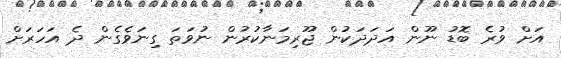
އަށް ވުރެ ބޮޑު ނޫން އަދަދަކުން ޖޫރިމަނާކުރުން ނުވަތަ ގިނަވެގެން ދެ އަހަރަށް